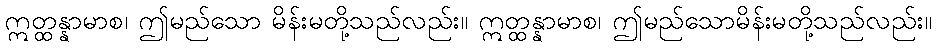
ဣတ္ထန္နာမာစ၊ ဤမည်သော မိန်းမတို့သည်လည်း။ ဣတ္ထန္နာမာစ၊ ဤမည်သောမိန်းမတို့သည်လည်း။